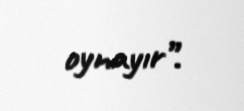
oynayır”.